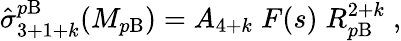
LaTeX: \hat{\sigma}_{3+1+k}^{p\mathrm{B}}(M_{p\mathrm{B}})=A_{4+k}\; F(s)\; R_{p\mathrm{B}}^{2+k}\; ,